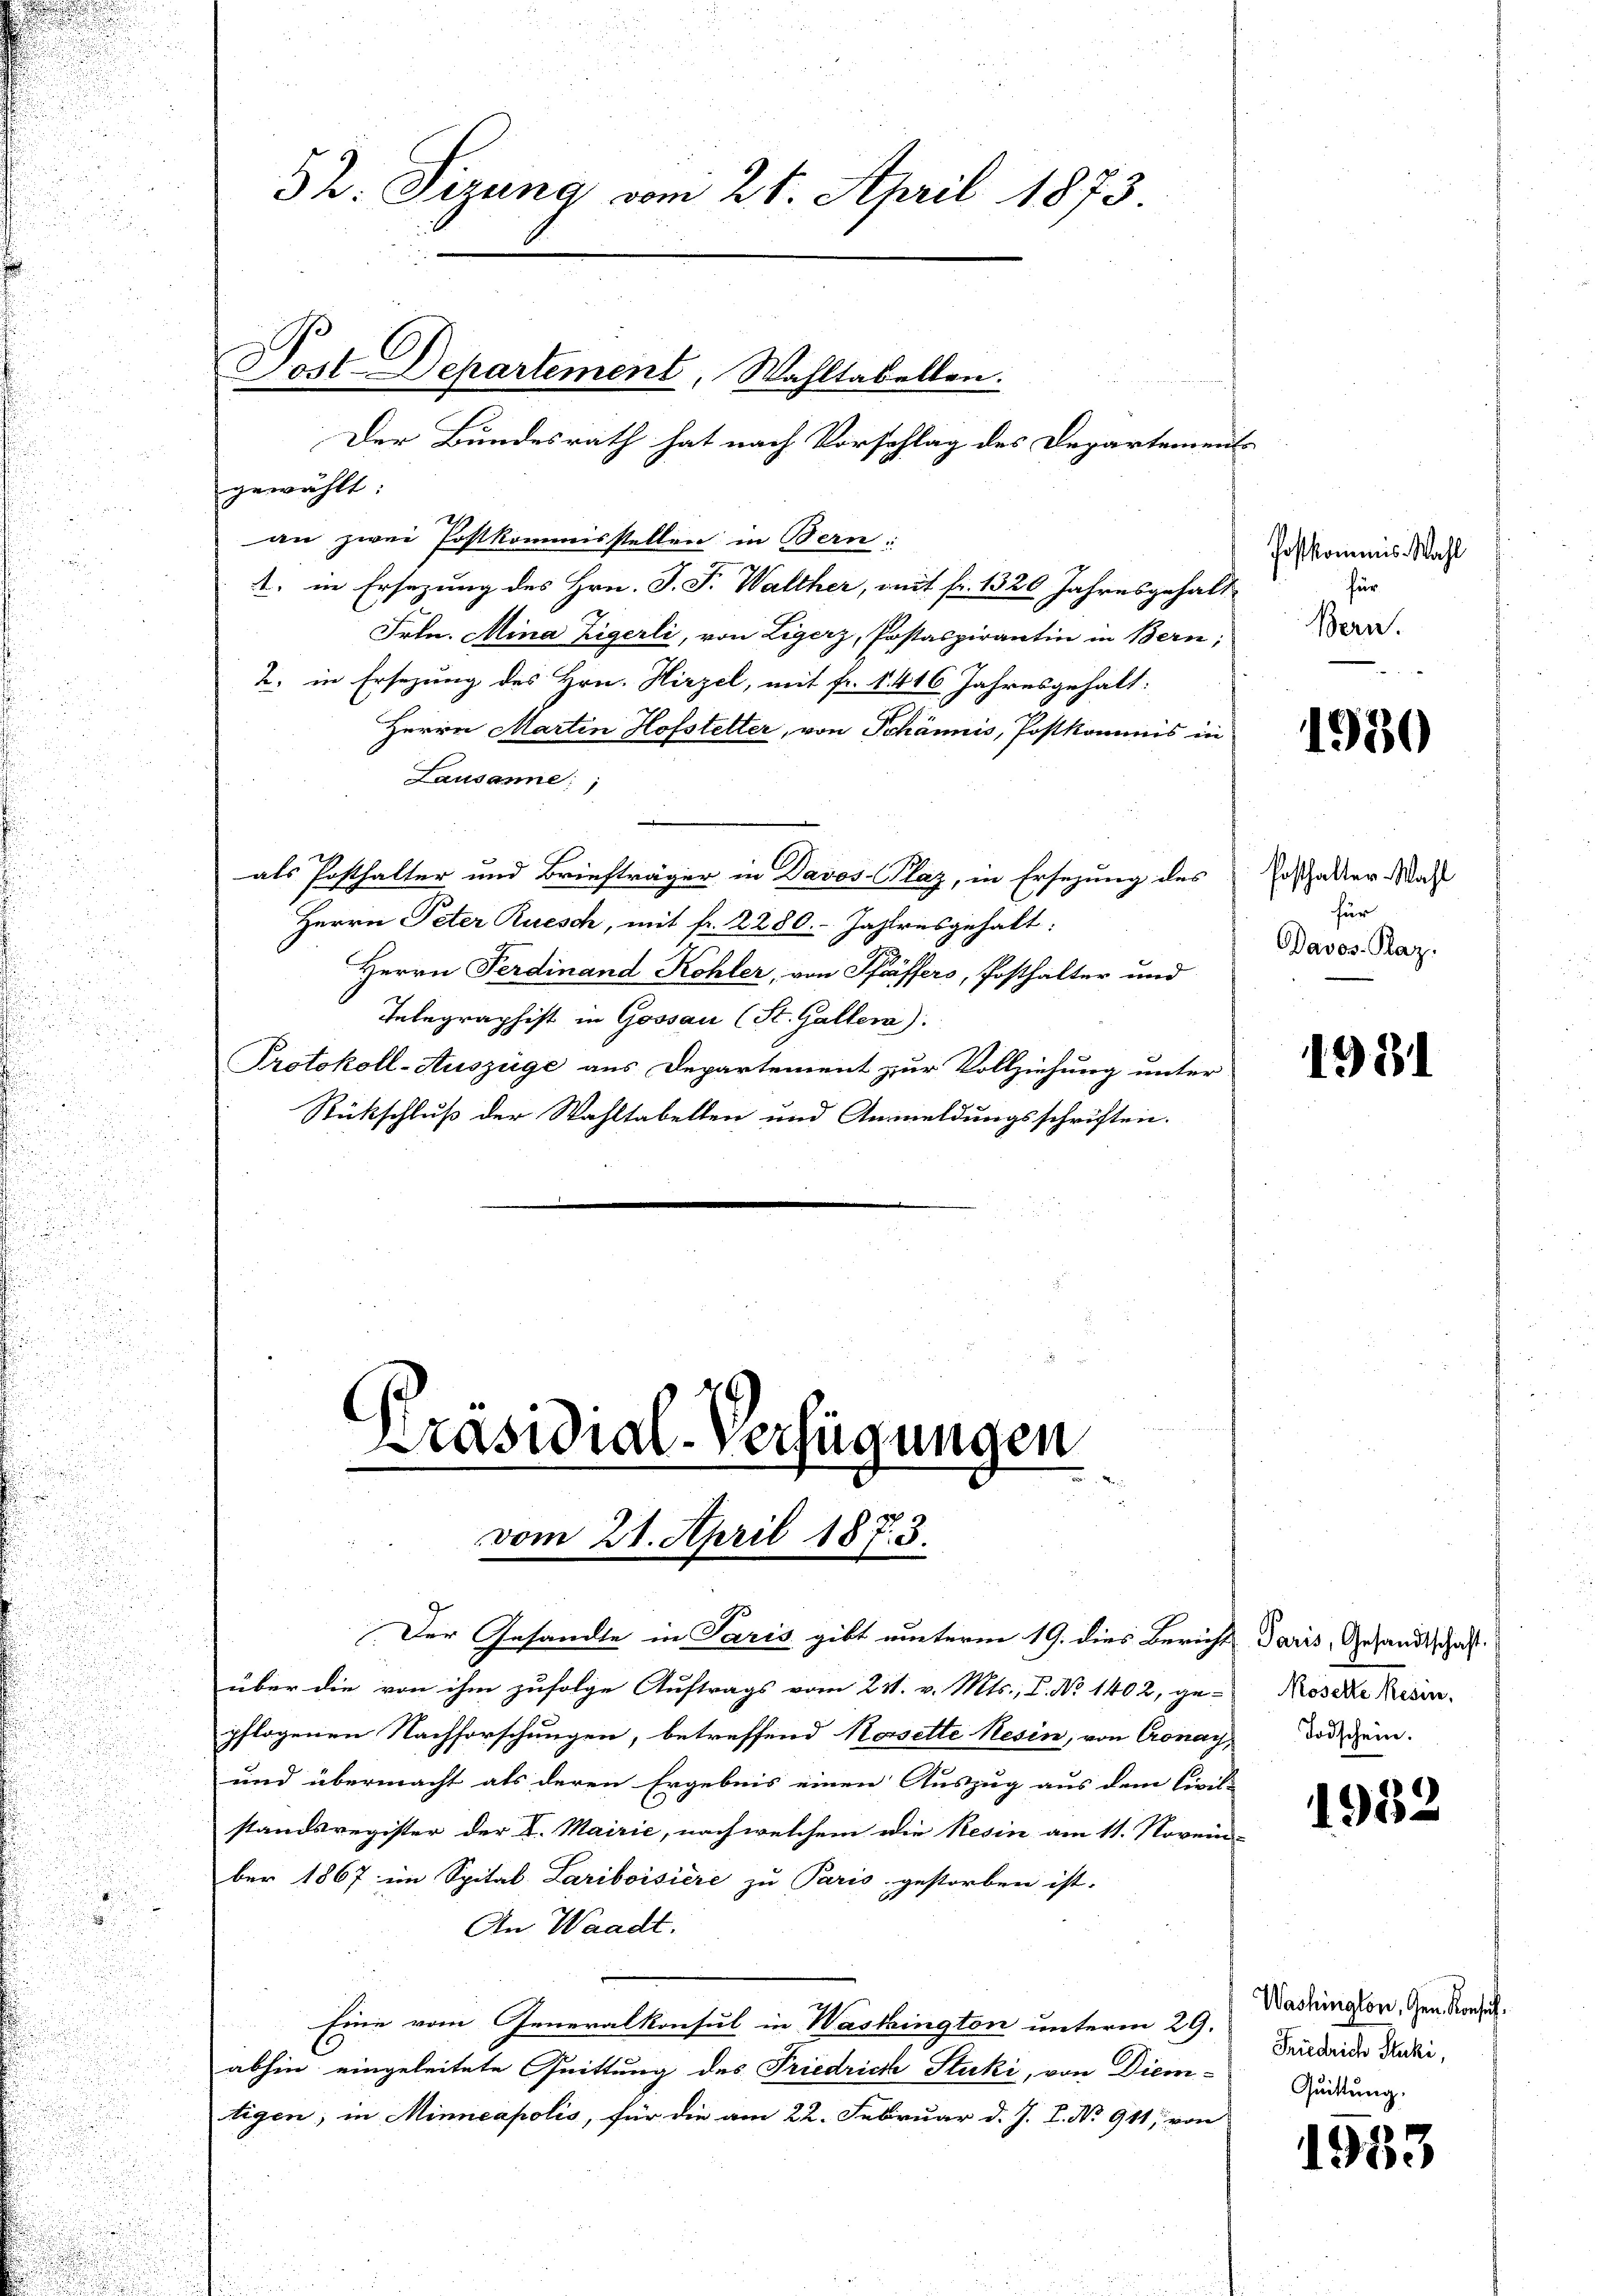
d

.

32. Sizung vom 21. April 1873.

Der Bundesrath hat nach Vorschlag des Departements
gewählt:
Th
an zwei Postkommisstellen in Bern:
1. in Ersezung des Hrn. J. F. Walther, mit fr. 1320 Jahresgehalt
Frln. Mina Zigerli, von Ligerz, Postaspirantin in Bern;
2. in Ersezung des Hrn. Hirzel, mit fr. 1 416 Jahresgehalt:
Herrn Marten Hofstetter, von Schännis, Postkommis in
Lausanne:
als Posthalter und Briefträger in Davos- Plaz, in Ersezung des
Herrn Peter Ruesch, mit fr. 2280. Jahresgehalt:
Herrn Ferdinand Kohler, von Pfäffers, Posthalter und
Telegraphist in Gossau (St. Gallera).
Protokoll-Auszüge aus Departement zur Vollziehung unter
:
Rückschluß der Wahltabelten und Anmeldungsschriften.

Post Departement, Wahltabellen.

Präsidial-Verfügungen
vom 21. April 1873.

Der Gesandte in Paris gibt unterm 19. dies Bericht daris, Gesandtschaft
über die von ihm zufolge Auftrags vom 231. v. Mts., P. No 1402, ge-Roseke Resin-
pflogenen Nachforschungen, betreffend Nasette Nesin, von Conay, Bodischein
und übermacht als deren Ergebnis einen Auszug aus dem Civil-
standsregister der V. Mairie, nach welchem die Resin am 11. Novem
ber 1867 im Spital Lariboisiere zu Paris gestorben ist.
d
An Waadt.
Eine vom Generalkonsul in Washington unterm 29.
abhin eingeleitete Quittung des Friedrich Stuki, von Diem-
tigen; in Minneapolis, für die am 22. Februar d. J. J. No 911, von

Postkommnis. Wahl
für
Bern.

1930

Posthalter Wahl
für
Davos- Raz.

1931

1932

Washington, Gen. Konsich
Friedrich Stucki,
Quittung.

1953